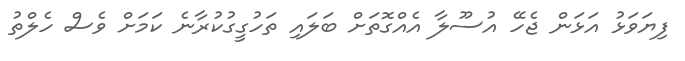
ފިޔަވަޅު އަޅަން ޖެހޭ އުސޫލާ އެއްގޮތަށް ބަލައި ތަހުގީގުކުރާނެ ކަމަށް ވެސް ހެލްތު